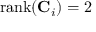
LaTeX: { \mathrm { r a n k } } ( \mathbf { C } _ { i } ) = 2